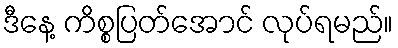
ဒီနေ့ ကိစ္စပြတ်အောင် လုပ်ရမည်။